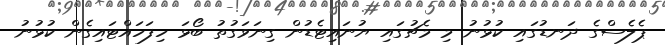
ޕެލެސްގެ ދަނޑުގައި ކުޅުނު މި މެޗުގައި ޔުނައިޓެޑުން ގިނަވަގުތު ބޯޅަ ހިފަހައްޓައިގެން ކުޅުނު